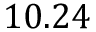
1 0 . 2 4